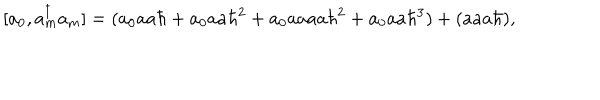
[ a _ { 0 } , a _ { m } ^ { \dagger } a _ { m } ] = ( a _ { 0 } a a \hbar + a _ { 0 } a a \hbar ^ { 2 } + a _ { 0 } a a a a \hbar ^ { 2 } + a _ { 0 } a a \hbar ^ { 3 } ) + ( a a a \hbar ) ,